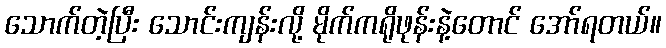
သောက်တဲ့ပြီး သောင်းကျန်းလို့ မိုက်ကရိုဖုန်းနဲ့တောင် အော်ရတယ်။